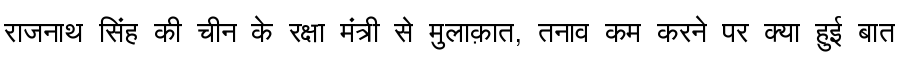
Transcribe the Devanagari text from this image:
राजनाथ सिंह की चीन के रक्षा मंत्री से मुलाक़ात, तनाव कम करने पर क्या हुई बात